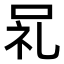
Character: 𫩵